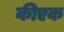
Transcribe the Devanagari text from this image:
कीएक